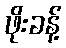
ဖိုးခန့်